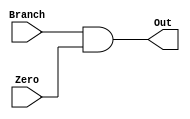
/*
	Unsigned 
*/

//////////////////////////////////
//  CBZ Branch AND Gate Structure & Logic Modules
//////////////////////////////////

module cbzBranchANDGate (Branch, Zero, Out);
	input Branch;
	input Zero;
	output Out;
	
	wire Out;
	
	assign Out = Branch & Zero;
	
endmodule